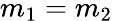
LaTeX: m_{1}=m_{2}